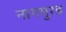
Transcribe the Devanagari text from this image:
नागमुरड